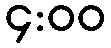
၄:၀၀